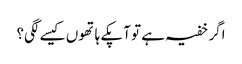
اگر خفیہ ہے تو آپکے ہاتھوں کیسے لگی؟